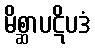
မိစ္ဆာပဋိပဒံ